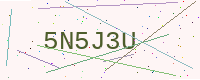
Text: 5N5J3U